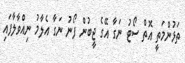
ތަޅުންމަތީ އޮތް ސޯޓު ނަގާ އޭގެ ޖީބުން ފޯނު ނަގާ އެލާމު ނިއްވާލާފައި